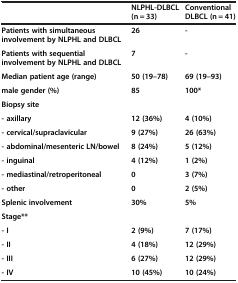
<table><thead><tr><td><b> </b></td><td><b>NLPHL-DLBCL (n = 33)</b></td><td><b>Conventional DLBCL (n = 41)</b></td></tr></thead><tbody><tr><td><b>Patients with simultaneous involvement by NLPHL and DLBCL</b></td><td><b>26</b></td><td><b>-</b></td></tr><tr><td><b>Patients with sequential involvement by NLPHL and DLBCL</b></td><td><b>7</b></td><td><b>-</b></td></tr><tr><td><b>Median patient age </b><b>(range)</b></td><td><b>50 </b><b>(19–</b><b>78)</b></td><td><b>69 </b><b>(19–</b><b>93)</b></td></tr><tr><td><b>male gender (%)</b></td><td><b>85</b></td><td><b>100*</b></td></tr><tr><td><b>Biopsy site</b></td><td> </td><td> </td></tr><tr><td><b>- axillary</b></td><td><b>12 </b><b>(36%)</b></td><td><b>4 </b><b>(10%)</b></td></tr><tr><td><b>- cervical/</b><b>supraclavicular</b></td><td><b>9 </b><b>(27%)</b></td><td><b>26 </b><b>(63%)</b></td></tr><tr><td><b>- abdominal/</b><b>mesenteric LN</b><b>/bowel</b></td><td><b>8 </b><b>(24%)</b></td><td><b>5 </b><b>(12%)</b></td></tr><tr><td><b>- inguinal</b></td><td><b>4</b><b>(12%)</b></td><td><b>1 </b><b>(2%)</b></td></tr><tr><td><b>- mediastinal/</b><b>retroperitoneal</b></td><td><b>0</b></td><td><b>3 </b><b>(7%)</b></td></tr><tr><td><b>- other</b></td><td><b>0</b></td><td><b>2 </b><b>(5%)</b></td></tr><tr><td><b>Splenic involvement</b></td><td><b>30%</b></td><td><b>5%</b></td></tr><tr><td><b>Stage**</b></td><td> </td><td> </td></tr><tr><td><b>- I</b></td><td><b>2 </b><b>(9%)</b></td><td><b>7 </b><b>(17%)</b></td></tr><tr><td><b>- II</b></td><td><b>4 </b><b>(18%)</b></td><td><b>12 </b><b>(29%)</b></td></tr><tr><td><b>- III</b></td><td><b>6 </b><b>(27%)</b></td><td><b>12 </b><b>(29%)</b></td></tr><tr><td><b>- IV</b></td><td><b>10 </b><b>(45%)</b></td><td><b>10 </b><b>(24%)</b></td></tr></tbody></table>